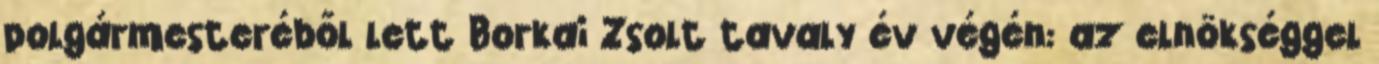
polgármesteréből lett Borkai Zsolt tavaly év végén: az elnökséggel